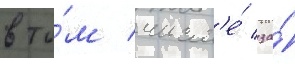
в то́м числ'е́ за́